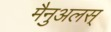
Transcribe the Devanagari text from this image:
मैनुअलस्